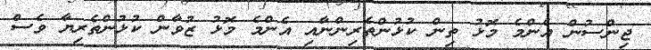
ޖިންސުން އެންމެ މޮޅު ތިން ކުޅުންތެރިންނާއި އެންމެ މޮޅު ޒުވާން ކުޅުންތެރިޔާ ވެސް